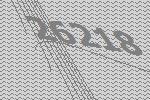
26218